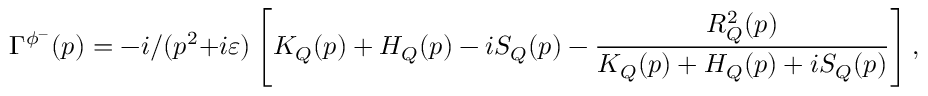
\Gamma ^ { \phi ^ { - } } ( p ) = - i / ( p ^ { 2 } + i \varepsilon ) \left[ K _ { Q } ( p ) + H _ { Q } ( p ) - i S _ { Q } ( p ) - \frac { R _ { Q } ^ { 2 } ( p ) } { K _ { Q } ( p ) + H _ { Q } ( p ) + i S _ { Q } ( p ) } \right] ,